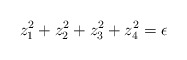
\begin{align*}z_1^2+z_2^2+z_3^2+z_4^2=\epsilon\end{align*}